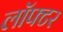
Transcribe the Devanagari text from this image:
लॉफ्टर